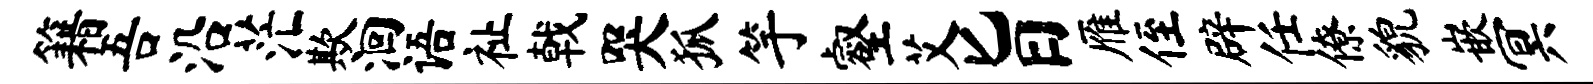
籍吾沿茫欺洄语祉戟哭狐竽壑艾旨雁侄辟任僚貌嵌冥